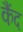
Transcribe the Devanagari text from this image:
कैंद